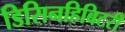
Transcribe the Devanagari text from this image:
डिसिनहिबिटरी